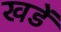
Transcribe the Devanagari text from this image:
खडें